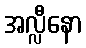
အလ္လီနော